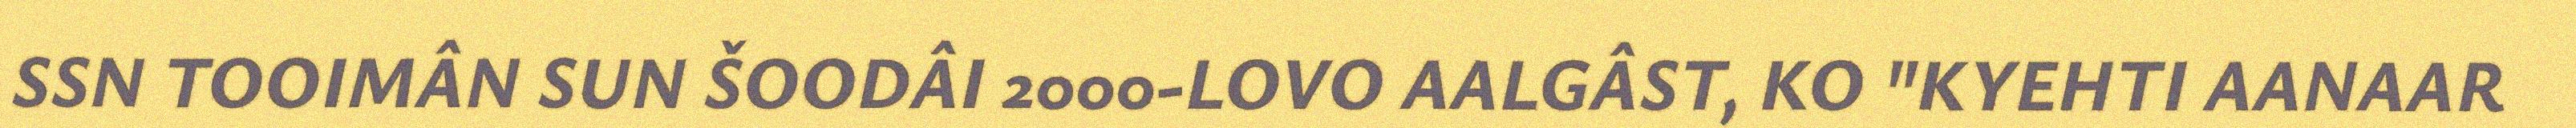
SSN TOOIMÂN SUN ŠOODÂI 2000-LOVO AALGÂST, KO "KYEHTI AANAAR